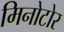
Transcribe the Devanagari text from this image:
मिनोटोर